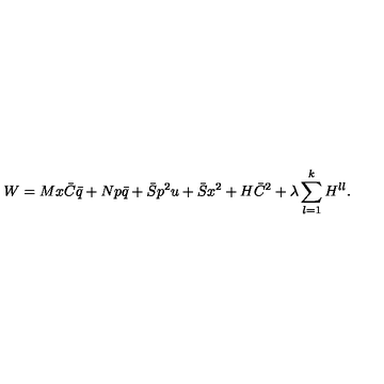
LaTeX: W = M x \bar { C } \bar { q } + N p \bar { q } + \bar { S } p ^ { 2 } u + \bar { S } x ^ { 2 } + H \bar { C } ^ { 2 } + \lambda \sum _ { l = 1 } ^ { k } H ^ { l l } .